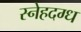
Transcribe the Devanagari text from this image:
स्नेहदग्ध